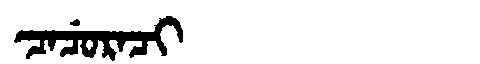
Manchu: ᠴᠠᠴᡠᡵᠠᠴᡳ
Romanization: CACURACI